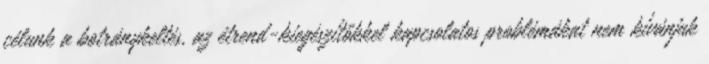
célunk a botránykeltés, az étrend-kiegészítőkkel kapcsolatos problémákat nem kívánjuk